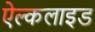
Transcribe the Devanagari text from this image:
ऐल्कलाइड